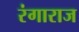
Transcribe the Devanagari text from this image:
रंगाराज